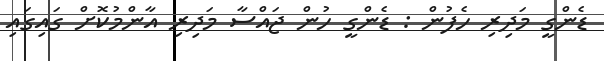
ޑެންގީ މަދިރި ހެފުން : ޑެންގީ ހުން ޖައްސާ މަދިރި އާންމުކޮށް ގައިގައި